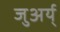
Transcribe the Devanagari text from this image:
जुअर्य्